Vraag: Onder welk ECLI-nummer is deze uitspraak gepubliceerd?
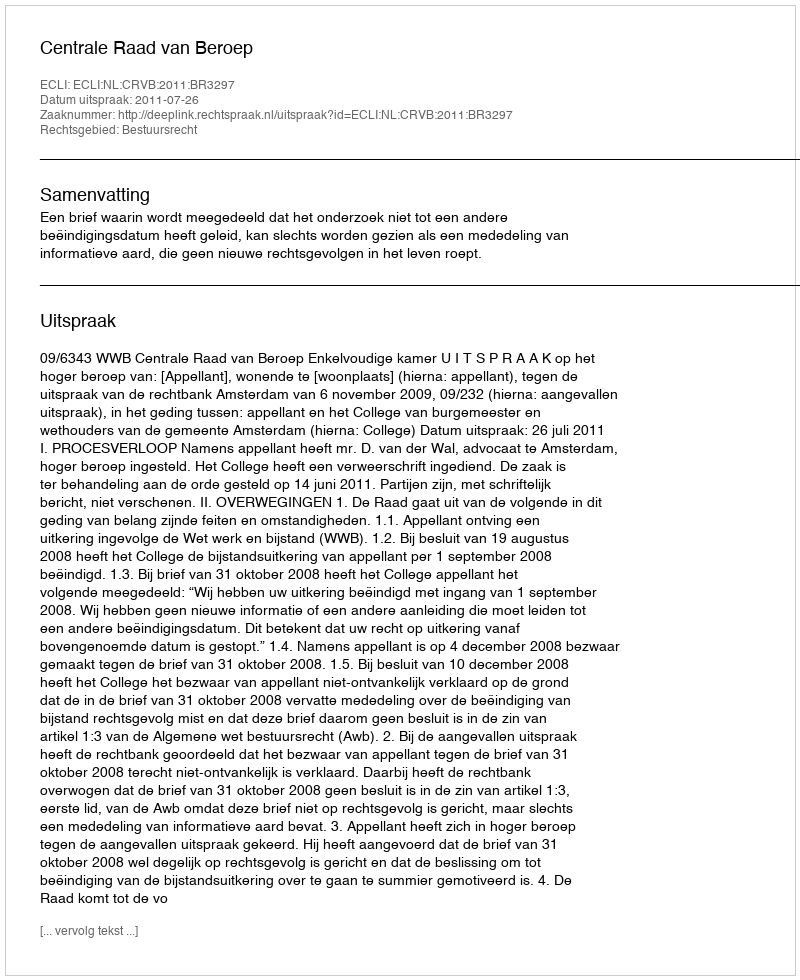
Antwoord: ECLI:NL:CRVB:2011:BR3297